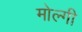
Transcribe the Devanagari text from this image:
मोल्गी